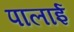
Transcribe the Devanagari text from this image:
पालाई